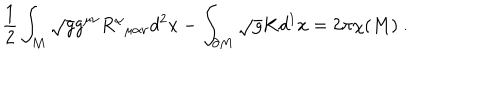
LaTeX: \frac { 1 } { 2 } \int _ { M } \sqrt { g } g ^ { \mu \nu } R _ { \; \; \mu \alpha \nu } ^ { \alpha } d ^ { 2 } x - \int _ { \partial M } \sqrt { g } K d ^ { 1 } x = 2 \pi \chi ( M ) \ .